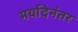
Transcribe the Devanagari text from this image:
मर्यादेनंतर